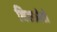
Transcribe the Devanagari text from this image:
विस्फ़ोटो